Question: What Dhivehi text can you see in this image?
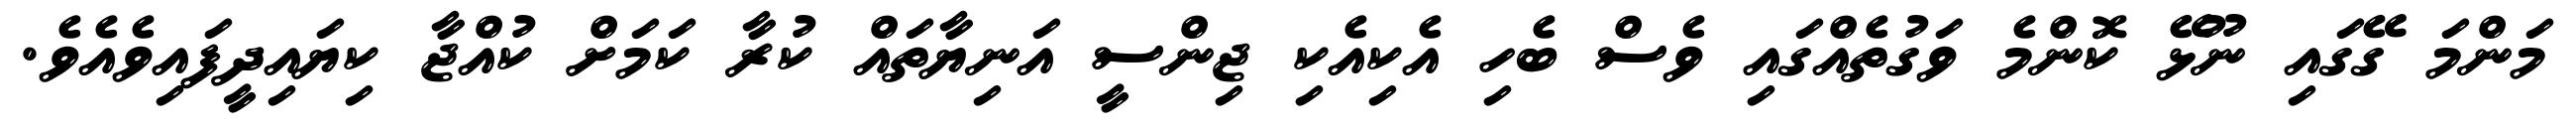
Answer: މަންމަ ގޭގައި ނޫޅޭ ކޮންމެ ވަގުތެއްގައި ވެސް ބެހި އެކިއެކި ޖިންސީ އަނިޔާތައް ކުރާ ކަމަށް ކުއްޖާ ކިޔައިދީފައިވެއެވެ.